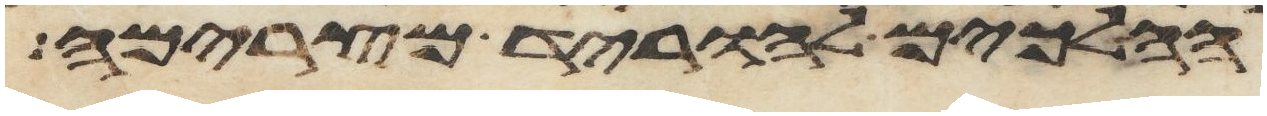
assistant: הלכים להוריד מצרימה